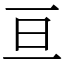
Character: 亘